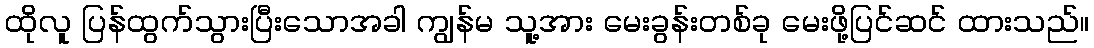
ထိုလူ ပြန်ထွက်သွားပြီးသောအခါ ကျွန်မ သူ့အား မေးခွန်းတစ်ခု မေးဖို့ပြင်ဆင် ထားသည်။